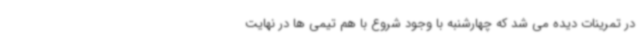
در تمرینات دیده می شد که چهارشنبه با وجود شروع با هم تیمی ها در نهایت